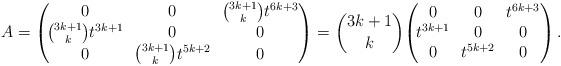
LaTeX: \begin{align*}A = \begin{pmatrix}\!0 & \!0 & \!\binom {3k + 1}{k}t^{6k + 3} \\\!\binom {3k + 1}{k}t^{3k + 1} & \!0 & \!0 \\\!0 & \!\binom {3k + 1}{k}t^{5k + 2} & \!0\end{pmatrix}=\binom {3k + 1}{k} \!\begin{pmatrix}\!0 & \!0 & \!t^{6k + 3} \\\!t^{3k + 1} & \!0 & \!0 \\\!0 & \!t^{5k + 2} & \!0\end{pmatrix}.\end{align*}